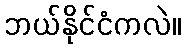
ဘယ်နိုင်ငံကလဲ။